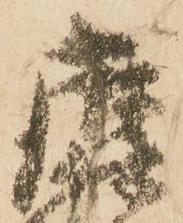
麻